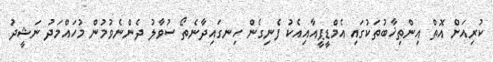
ކުރިއަށް އޮތް އިންތިޚާބުތަކުގައި އެމްޑީޕީއާއިއެކު ފެނިގެން ހިނގައިދާނެތޯ ސުވާލު ދެންނެވުމުން މުހައްމަދު ނަޝީދު